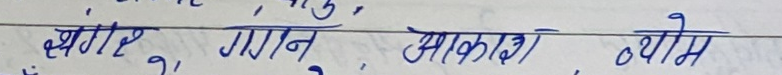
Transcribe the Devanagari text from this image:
अंबर, गगन, आकाश, व्योम